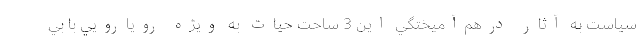
سياست به آثار درهم‌آميختگي اين 3 ساحت حيات به ويژه رويارويي با بي